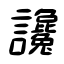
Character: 讒